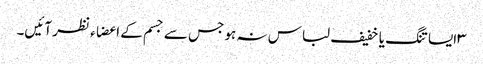
۳ایسا تنگ یا خفیف لباس نہ ہو جس سے جسم کے اعضاء نظر آئیں۔